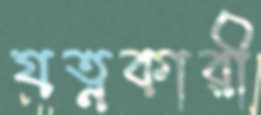
যত্নকারী